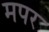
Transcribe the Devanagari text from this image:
मपर